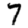
Digit: 7